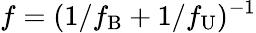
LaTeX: f=(1/f_{\mathrm{B}}+1/f_{\mathrm{U}})^{-1}